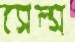
সেল্স